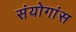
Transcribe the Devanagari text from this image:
संयोगांस